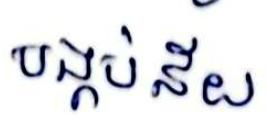
បង្កប់ន័យ